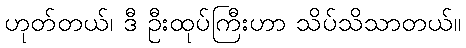
ဟုတ်တယ်၊ ဒီ ဦးထုပ်ကြီးဟာ သိပ်သိသာတယ်။